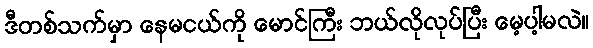
ဒီတစ်သက်မှာ နေမငယ်ကို မောင်ကြီး ဘယ်လိုလုပ်ပြီး မေ့ပါ့မလဲ။